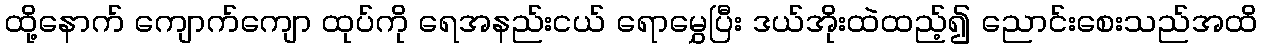
ထို့နောက် ကျောက်ကျော ထုပ်ကို ရေအနည်းငယ် ရောမွှေပြီး ဒယ်အိုးထဲထည့်၍ ညောင်းစေးသည်အထိ